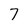
Character: 7